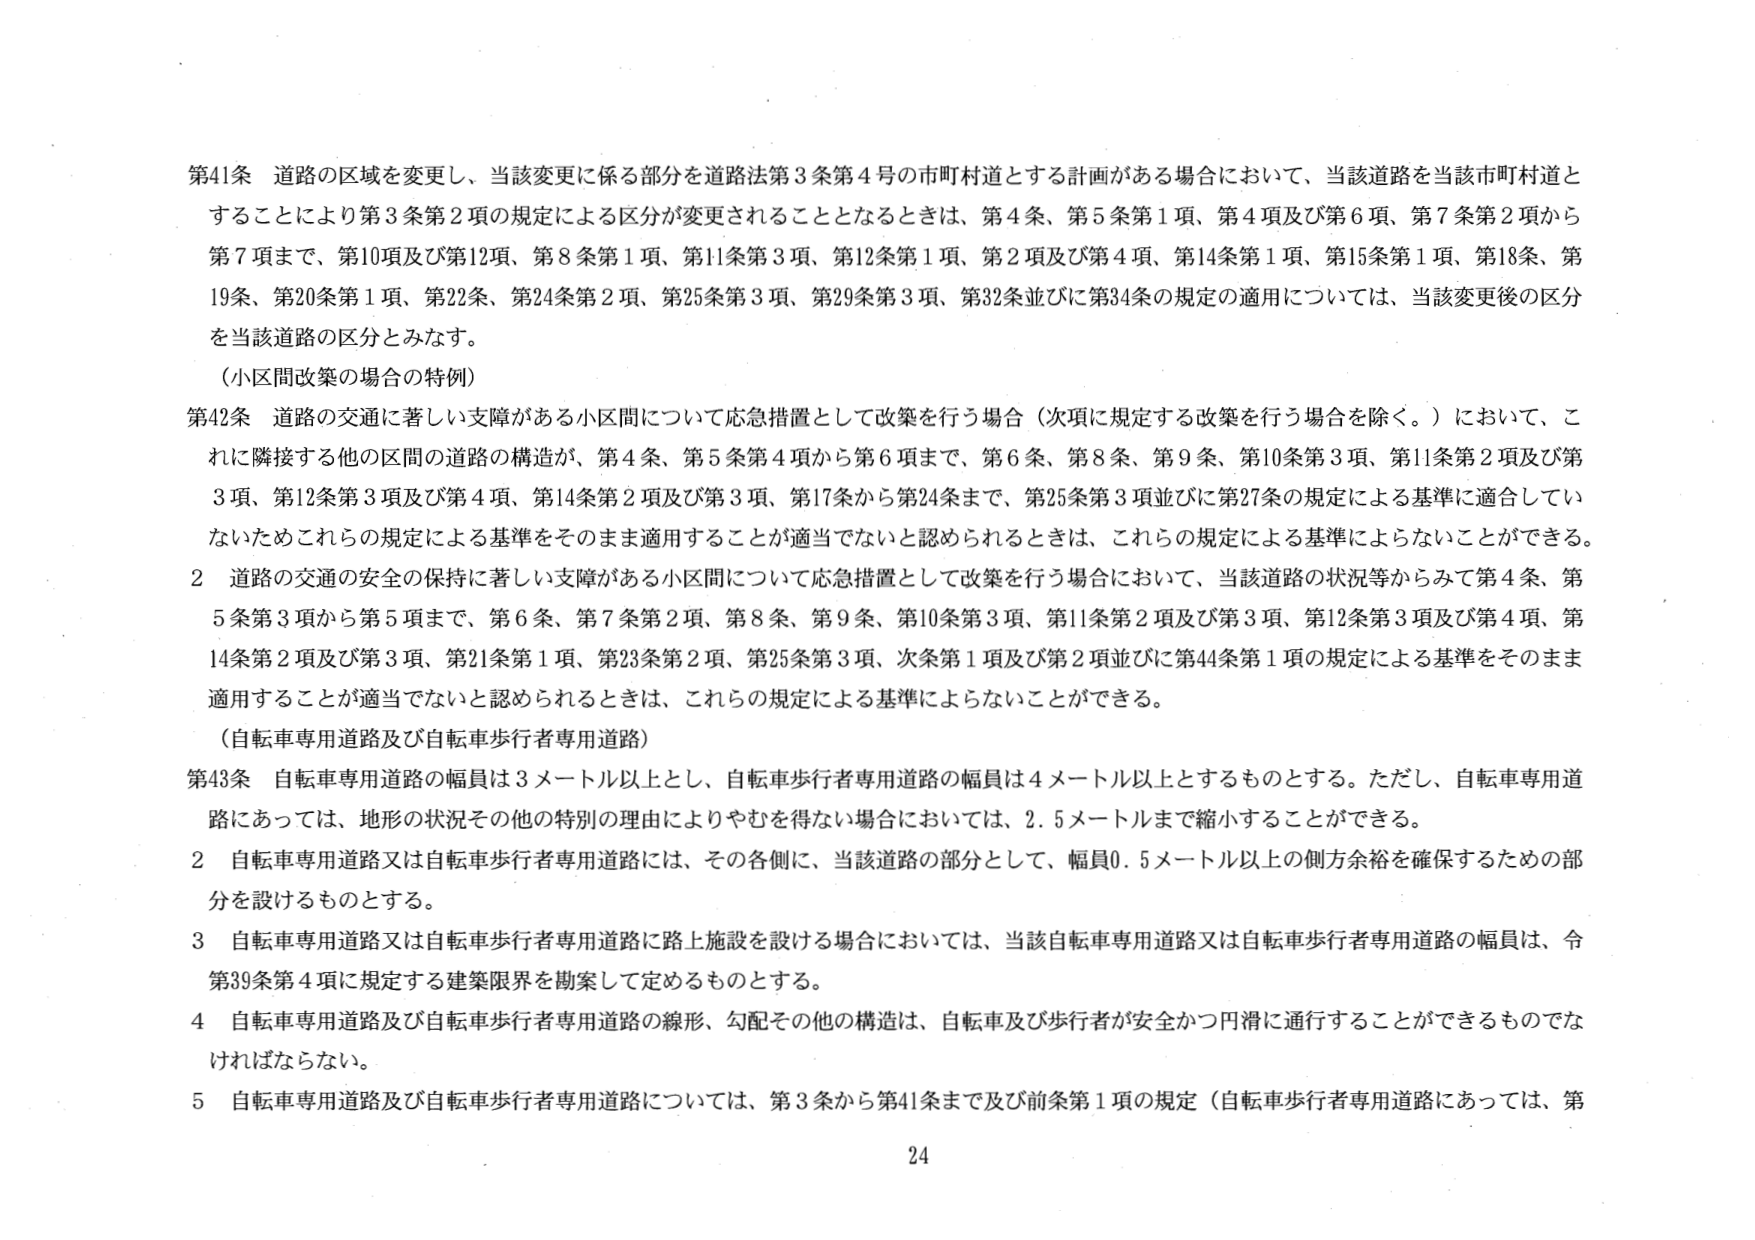
第41条 道路の区域を変更し、当該変更に係る部分を道路法第3条第4号の市町村道とする計画がある場合において、当該道路を当該市町村道とすることにより第3条第2項の規定による区分が変更されることとなるときは、第4条、第5条第1項、第4項及び第6項、第7条第2項から第7項まで、第10条及び第12項、第8条第1項、第11条第3項、第12条第1項、第2項及び第4項、第14条第1項、第15条第1項、第18条、第19条、第20条第1項、第22条、第24条第2項、第25条第3項、第29条第3項、第32条並びに第34条の規定の適用については、当該変更後の区分を当該道路の区分とみなす。

（小区間改築の場合の特例）

第42条 道路の交通に著しい支障がある小区間について応急措置として改築を行う場合（次項に規定する改築を行う場合を除く。）において、これに隣接する他の区間の道路の構造が、第4条、第5条第4項から第6項まで、第6条、第8条、第9条、第10条第3項、第11条第2項及び第3項、第12条第3項及び第4項、第14条第2項及び第3項、第17条から第24条まで、第25条第3項並びに第27条の規定による基準に適合していないためこれらの規定による基準をそのまま適用することが適当でないと認められるときは、これらの規定による基準によらないことができる。

2 道路の交通の安全の保持に著しい支障がある小区間について応急措置として改築を行う場合において、当該道路の状況等からみて第4条、第5条第3項から第5項まで、第6条、第7条第2項、第8条、第9条、第10条第3項、第11条第2項及び第3項、第12条第3項及び第4項、第14条第2項及び第3項、第21条第1項、第23条第2項、第25条第3項、次条第1項及び第2項並びに第44条第1項の規定による基準をそのまま適用することが適当でないと認められるときは、これらの規定による基準によらないことができる。

（自転車専用道路及び自転車歩行者専用道路）

第43条 自転車専用道路の幅員は3メートル以上とし、自転車歩行者専用道路の幅員は4メートル以上とするものとする。ただし、自転車専用道路にあっては、地形の状況その他の特別の理由によりやむを得ない場合においては、2.5メートルまで縮小することができる。

2 自転車専用道路又は自転車歩行者専用道路には、その各側に、当該道路の部分として、幅員0.5メートル以上の側方余裕を確保するための部分を設けるものとする。

3 自転車専用道路又は自転車歩行者専用道路に路上施設を設ける場合においては、当該自転車専用道路又は自転車歩行者専用道路の幅員は、令第39条第4項に規定する建築限界を勘案して定めるものとする。

4 自転車専用道路及び自転車歩行者専用道路の線形、勾配その他の構造は、自転車及び歩行者が安全かつ円滑に通行することができるものでなければならない。

5 自転車専用道路及び自転車歩行者専用道路については、第3条から第41条まで及び前条第1項の規定（自転車歩行者専用道路にあっては、第

24